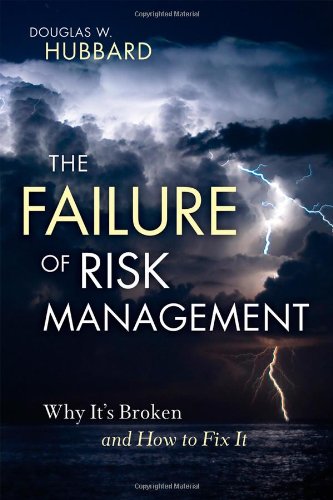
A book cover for The Failure of Risk Management: Why It's Broken and How to Fix It; Douglas W. Hubbard; Business & Money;